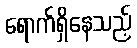
ရောက်ရှိနေသည့်